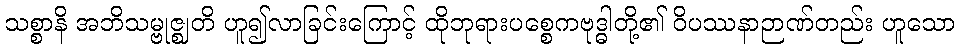
သစ္စာနိ အဘိသမ္ဗုဇ္ဈတိ ဟူ၍လာခြင်းကြောင့် ထိုဘုရားပစ္စေကဗုဒ္ဓါတို့၏ ဝိပဿနာဉာဏ်တည်း ဟူသော